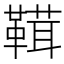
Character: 䩸